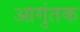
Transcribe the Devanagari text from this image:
आगुंतक